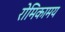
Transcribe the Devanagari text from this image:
रोमिकामय